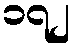
၁၇၂